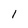
Character: 1